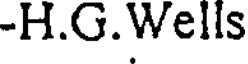
-H.G.Wells